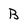
Character: B